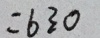
= 6 3 0